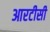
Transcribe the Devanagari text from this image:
आरटीसी